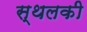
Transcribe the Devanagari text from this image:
स्‍थलकी